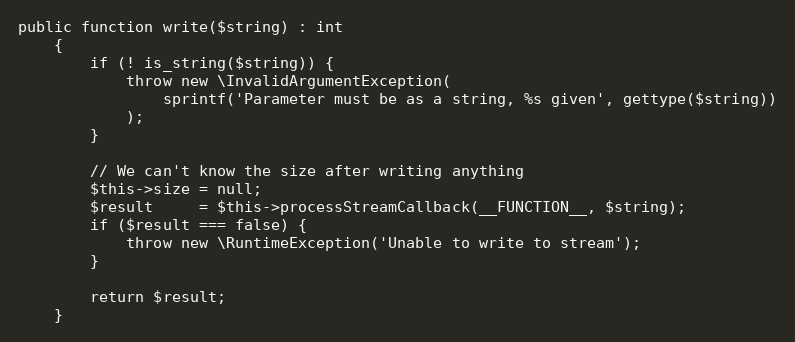
Language: PHP
public function write($string) : int
    {
        if (! is_string($string)) {
            throw new \InvalidArgumentException(
                sprintf('Parameter must be as a string, %s given', gettype($string))
            );
        }

        // We can't know the size after writing anything
        $this->size = null;
        $result     = $this->processStreamCallback(__FUNCTION__, $string);
        if ($result === false) {
            throw new \RuntimeException('Unable to write to stream');
        }

        return $result;
    }